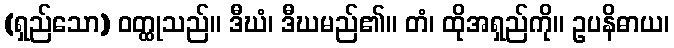
(ရှည်သော) ဝတ္ထုသည်။ ဒီဃံ၊ ဒီဃမည်၏။ တံ၊ ထိုအရှည်ကို။ ဥပနိဓာယ၊